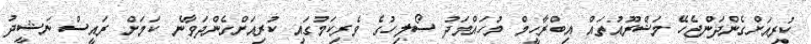
ކުރިއަށްގެންދަންޖެހޭ މަޝްރޫއުތައް އިބްރާހީމް މުހައްމަދު ސޯލިހުގެ ވެރިކަމުގައި ކުރިއަށްގެންދަވާނެ ކަމަށް ރައީސް ނަޝީދު